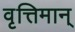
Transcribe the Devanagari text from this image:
वृत्तिमान्‌